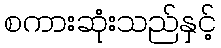
စကားဆုံးသည်နှင့်